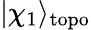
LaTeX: |\chi_{1}\rangle_{\mathrm{topo}}